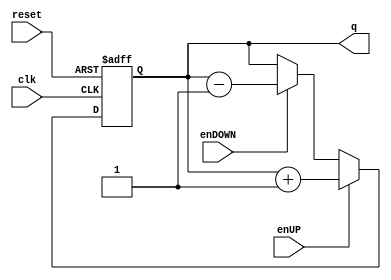
module Contador_Ascendente_Descendente

	# (parameter N = 4) // Para definir el nmero de bits del contador
	(
		input wire clk,
		input wire reset,
		input wire enUP,
		input wire enDOWN,
		output wire [N-1:0] q
    );

//Signal Declarations
reg [N-1:0] q_act, q_next;


//Body of "state" registers
always@(posedge clk,posedge reset)
	if(reset)
		q_act <= 0;
	else
		q_act <= q_next;

//Specified functions of the counter 		
always@*

	if(enUP)
		q_next = q_act + 1'b1;
	
	else if (enDOWN)
		q_next = q_act - 1'b1;
		
	else
		q_next = q_act;


//Output Logic
assign q = q_act;

endmodule